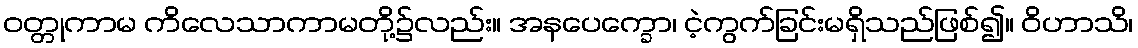
ဝတ္တုကာမ ကိလေသာကာမတို့၌လည်း။ အနပေက္ခော၊ ငဲ့ကွက်ခြင်းမရှိသည်ဖြစ်၍။ ဝိဟာသိ၊